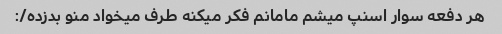
هر دفعه سوار اسنپ میشم مامانم فکر میکنه طرف میخواد منو بدزده/: